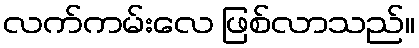
လက်ကမ်းလေ ဖြစ်လာသည်။